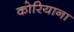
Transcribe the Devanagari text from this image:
कोरियाना